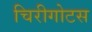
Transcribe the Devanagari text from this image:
चिरीगोटस